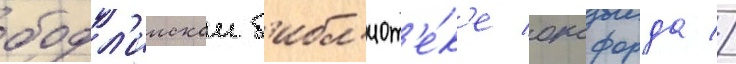
бодл'иискои б'ибл'иот'е́к'е оксфорда //